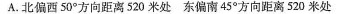
A.北偏西50°方向距离520米处东偏南45°方向距离520米处